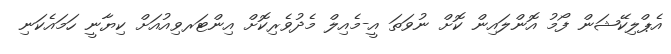
އެޕްލިކޭޝަން ފޯމު އޮންލައިން ކޮށް ނުވަތަ އީ-މެއިލް މެދުވެރިކޮށް އިންޓަރވިއުއަށް ކިޔާނީ ހަމައެކަނި